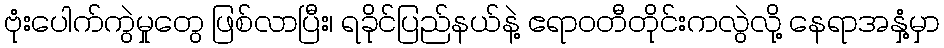
ဗုံးပေါက်ကွဲမှုတွေ ဖြစ်လာပြီး၊ ရခိုင်ပြည်နယ်နဲ့ ဧရာဝတီတိုင်းကလွဲလို့ နေရာအနှံ့မှာ